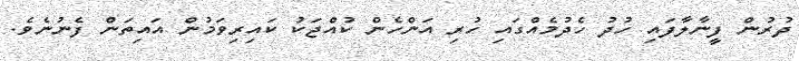
ދުރުން ފީނާލާފައި ހުދު ހެދުމެއްގައި ހުރި އަންހެން ކުއްޖަކު ކައިރިވަމުން އައިތަން ފެނުނެވެ.